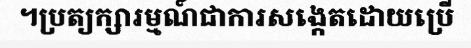
។ប្រត្យក្សារម្មណ៍ជាការសង្កេតដោយប្រើ